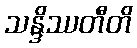
သန္ဒိဿတီတိ